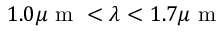
1 . 0 \mu \textrm { m } < \lambda < 1 . 7 \mu \textrm { m }